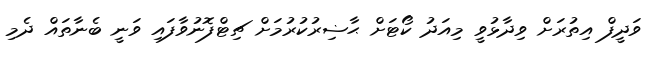
ވަދީފް އިތުރަށް ވިދާޅުވީ މިއަދު ކޯޓަށް ޙާޟިރުކުރުމަށް ޗިޓްފޮނުވާފައި ވަނީ ބެނާތައް ދެމި